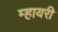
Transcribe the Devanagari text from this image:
म्हायरी